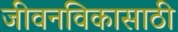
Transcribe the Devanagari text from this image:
जीवनविकासाठी